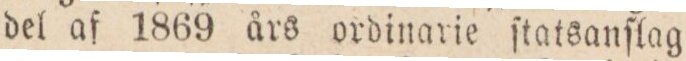
del af 1869 års ordinarie ſtatsanſlag